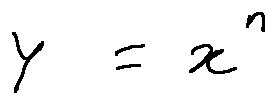
y = x ^ { n }